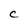
Character: C